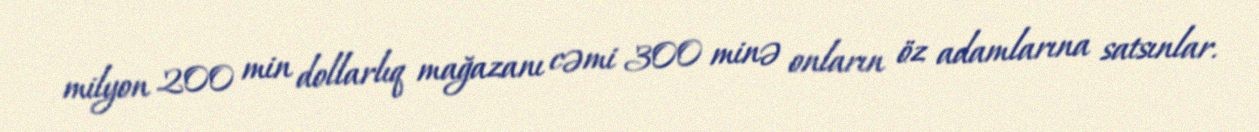
milyon 200 min dollarlıq mağazanı cəmi 300 minə onların öz adamlarına satsınlar.